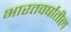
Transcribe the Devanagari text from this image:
भारतवर्षातील